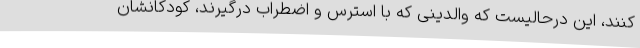
کنند، این درحالیست که والدینی که با استرس و اضطراب درگیرند، کودکانشان